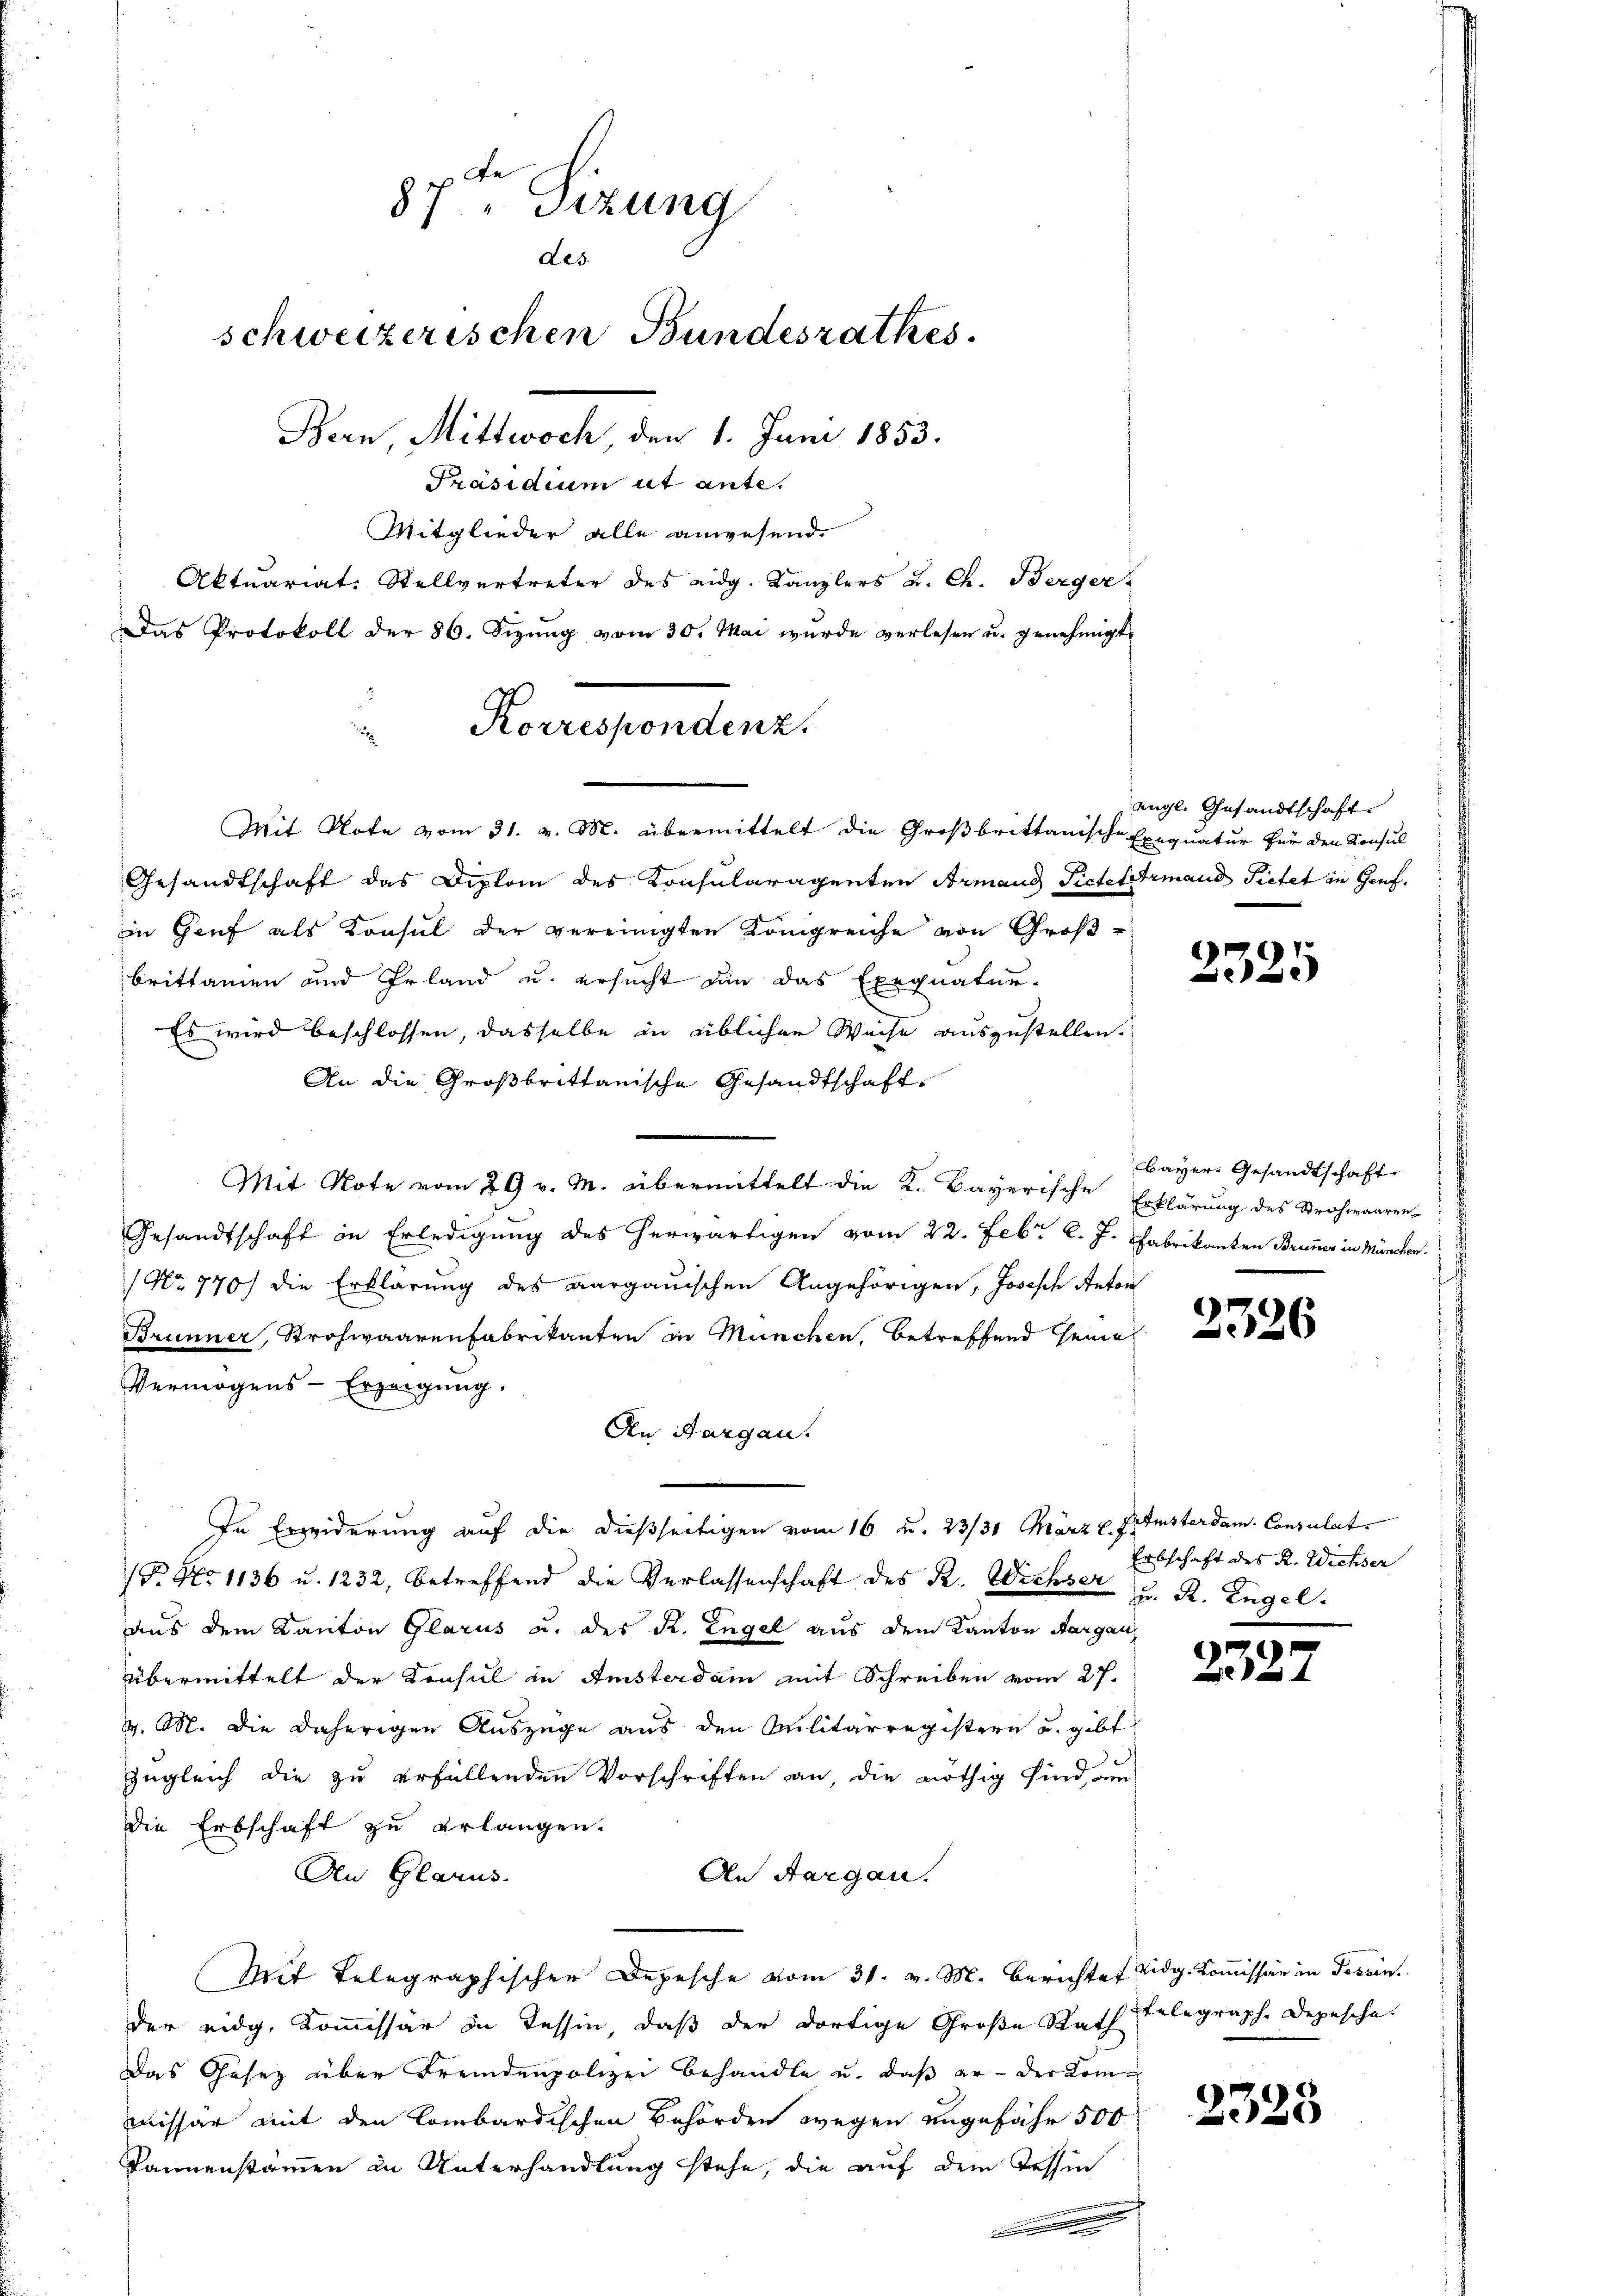
le
87 " Sizung
des.
schweizerischen Bundesrathes.
Bern, Mittwoch, den 1. Juni 1853.
Präsidium ut ante.
Mitglieder alle anwesend
Aktuariat-Stellvertreter des eidg. Kanzlers L. Ch. Berger
Das Protokoll der 86. Sizŭng vom 30. Mai wurde verlesen u. genehmigt.

Korrespondenz.
Mit Note vom 31. v. M. übermittelt die Großbrittanische Exequatur für den Konsul

Gesandtschaft das Diplom des Konsularagenten Armand Pictekermand Pietet in Genf.
in Genf als Konsul der vereinigten Königreiche von Großbrittamen und Erland u. ersucht an das Exequatur-
Es wird beschlossen, dasselbe in üblicher Weise auszustellen.
An die Großbrittanische Gesandtschaft¬
Mit Note vom 29 v. M. übermittelt die K. Bayerische Erklärung des Strohwaaren-
Gesandtschaft in Erledigung des herwärtigen vom 22. Febr. l. J. Fabrikanten Bruner in München.
Nr 770) die Erklärung des aargauischen Angehörigen, Joseph Anton
Brunner, Strohwaarenfabrikanten in München, betreffend seine
Vermögens-Erzeigung.
An Margau.
In Erwiderung auf die dießseitigen vom 16 u. 23/31 März v. Prusterdam. Consulat
(T. No 1136 u. 1232, betreffend die Verlassenschaft des K. Wieser Erbschaft des R. Wichser
aus dem Kanton Glarus u. des R. Engel aus dem Kanton Aargau,
übermittelt der Konsul in Amsterdam mit Schreiben vom 27.
v. M. die daherigen Auszüge aus den Militärregistern u. gibt
zugleich die zu erfüllenden Vorschriften an, die nöthig sind au
die Erbschaft zu erlangen.
An Glarus.
An Aargau.
Mit Telegraphischer Depesche vom 31. v. M. Berichtet eidg. Kommissär in Tessin.
der eidg. Kommissär in Tessin, daß der dortige Große Rath
Das Gesetz über Fremdenpolizei behandle u. daß er - der Kommissär mit den Lombardischen Behörden wegen ungefähr 500
Dannenstammen in Unterhandlung stehe, die auf dem Tessin

engl. Gesandtschaft

)
25

Bayer. Gesandtschaft

2326

z. R. Engel.

235

telegraph. Depesche.

2328